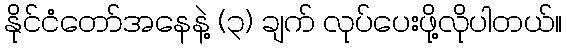
နိုင်ငံတော်အနေနဲ့ (၃) ချက် လုပ်ပေးဖို့လိုပါတယ်။